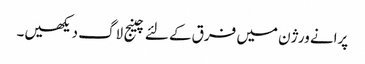
پرانے ورژن میں فرق کے لئے چینج لاگ دیکھیں۔